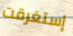
إستغرقت